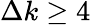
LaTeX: \Delta k\geq 4